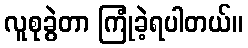
လူစုခွဲတာ ကြုံခဲ့ရပါတယ်။